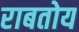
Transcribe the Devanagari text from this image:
राबतोय